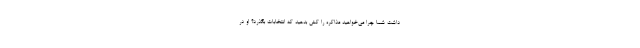
داشت شما چرا می‌خواهید مذاکره را کش بدهید که انتخابات بگذرد؟ او در